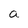
Character: a